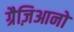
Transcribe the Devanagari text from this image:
ग्रैज़िआनो